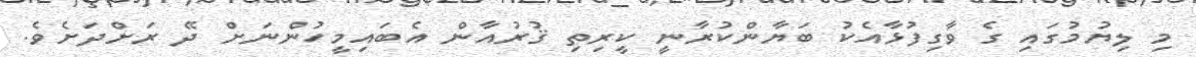
މި ލިޔުމުގައި ގެ ވާގިފުޅާއެކު ބަޔާންކުރާނީ ކީރިތި ޤުރުއާން އެބައިމީހުންނަށް ދޭ ރަށްދަށެވެ.